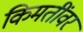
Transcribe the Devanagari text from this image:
किमतींवर